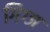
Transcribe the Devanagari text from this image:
गिग्ज